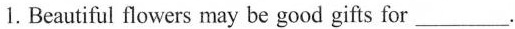
1.Beautiful flowers may be good gifts for ___.